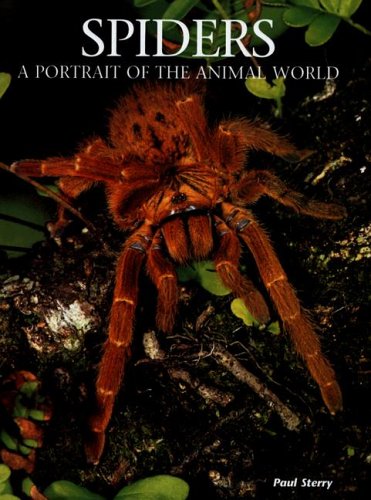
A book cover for Spiders: A Portrait of the Animal World; Paul Sterry; Sports & Outdoors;